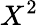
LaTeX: X^{2}